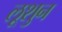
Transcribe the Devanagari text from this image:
लूशुन